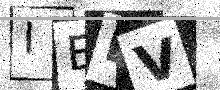
Text: IELV